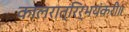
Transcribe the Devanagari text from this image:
कालरात्रिर्भयंकरी॥